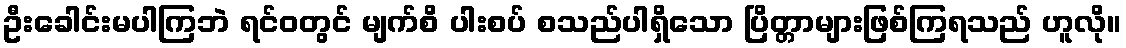
ဦးခေါင်းမပါကြဘဲ ရင်ဝတွင် မျက်စိ ပါးစပ် စသည်ပါရှိသော ပြိတ္တာများဖြစ်ကြရသည် ဟူလို။